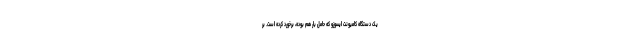
یک دستگاه کامیونت ایسوزو که حامل بار هم بوده، برخورد کرده است. بر